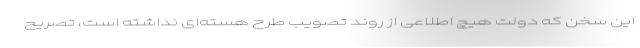
این سخن که دولت هیچ اطلاعی از روند تصویب طرح هسته‌ای نداشته است، تصریح